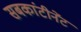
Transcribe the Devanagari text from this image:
सबकांटीनेंट